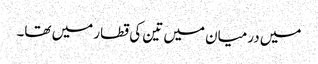
میں درمیان میں تین کی قطار میں تھا۔